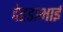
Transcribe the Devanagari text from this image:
देहडाभाई